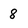
Character: 8